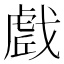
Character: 𭟼